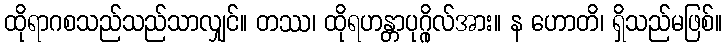
ထိုရာဂစသည်သည်သာလျှင်။ တဿ၊ ထိုရဟန္တာပုဂ္ဂိုလ်အား။ န ဟောတိ၊ ရှိသည်မဖြစ်။